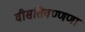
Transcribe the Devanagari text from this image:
वीसतिवण्णणा